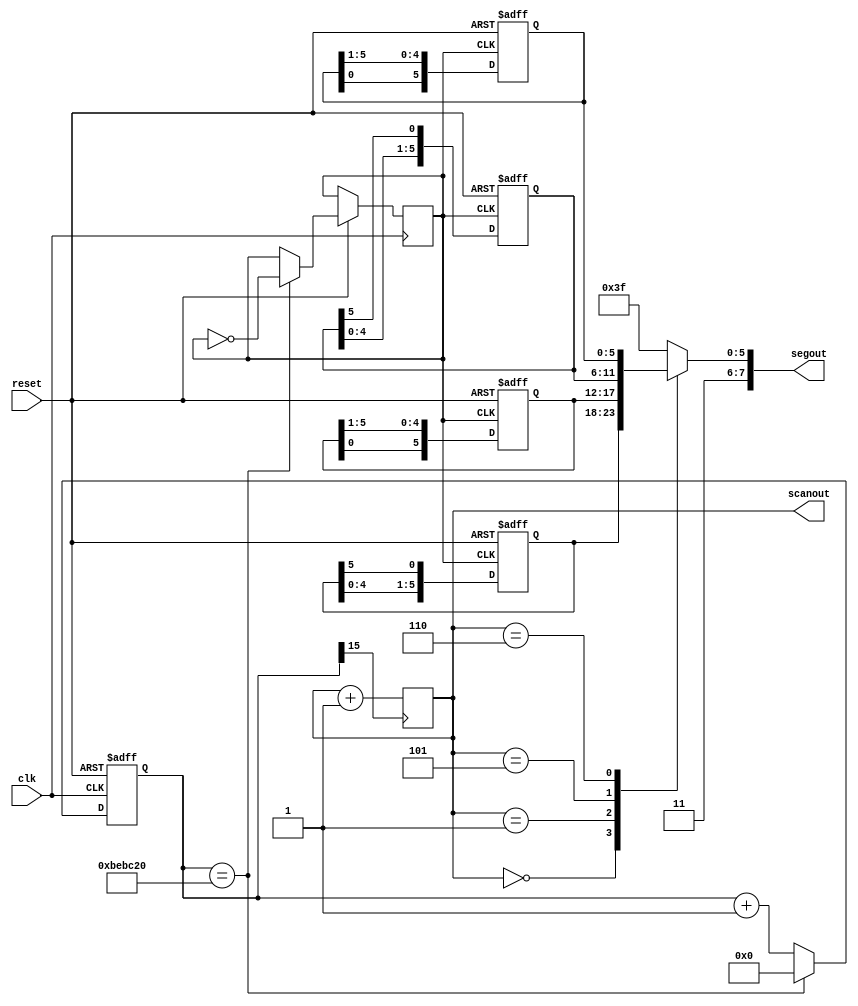
module sevenLed_class (clk,reset,segout,scanout);
input clk,reset;
output reg[7:0] segout;
output reg[2:0] scanout;

reg[25:0] cnt_scan;//
reg[3:0] sel;

reg clk1;
reg [5:0] q[0:3] ;

initial
begin
	q[0] = 6'b111110;
	q[1] = 6'b011111;
	q[2] = 6'b000001;
	q[3] = 6'b100000;
end

//------------------ clock running -----------------------
always@(posedge clk or negedge reset)
begin
	if(!reset) begin
		cnt_scan<=0;
	end
	else begin
		cnt_scan<=cnt_scan+1;
		if (cnt_scan == 12500000) begin
			cnt_scan <=0;
			clk1 = ~clk1;
		end
		end
end

//---------modify display digit ----------
	always @(posedge clk1 , negedge reset)
	begin

		if (reset == 0)
		begin
			q[0] = 6'b111110;
			q[1] = 6'b011111;
			q[2] = 6'b000001;
			q[3] = 6'b100000;
		end
		else begin

		q[0] <= q[0]<<1;
		q[0][0] <= q[0][5];
		
		q[1] <= q[1]>>1;
		q[1][5] <= q[1][0];

		q[2] <= q[2]<<1;
		q[2][0] <= q[2][5];
		
		q[3] <= q[3]>>1;
		q[3][5] <= q[3][0];

		end
	end
//-----------scan and display 7-SEG-------------

always@(posedge cnt_scan[15])
	scanout <= scanout + 1;

always@(scanout) //
begin
	case(scanout)
		3'b000:
			segout={2'b11,q[0]};
		3'b001:
			segout={2'b11,q[1]};
		3'b101:
			segout={2'b11,q[2]};
		3'b110:
			segout={2'b11,q[3]};
		default:
			segout=8'b11111111;
	endcase
end

endmodule